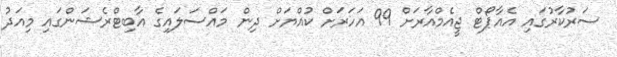
ސަރުކާރުގައި އެއާޕޯޓް ޖީއެމްއާރަށް 99 އަހަރަށް ކުއްޔަށް ދިން މައްސަލައިގެ އާބިޓްރެޝަންގައި މިއަދު